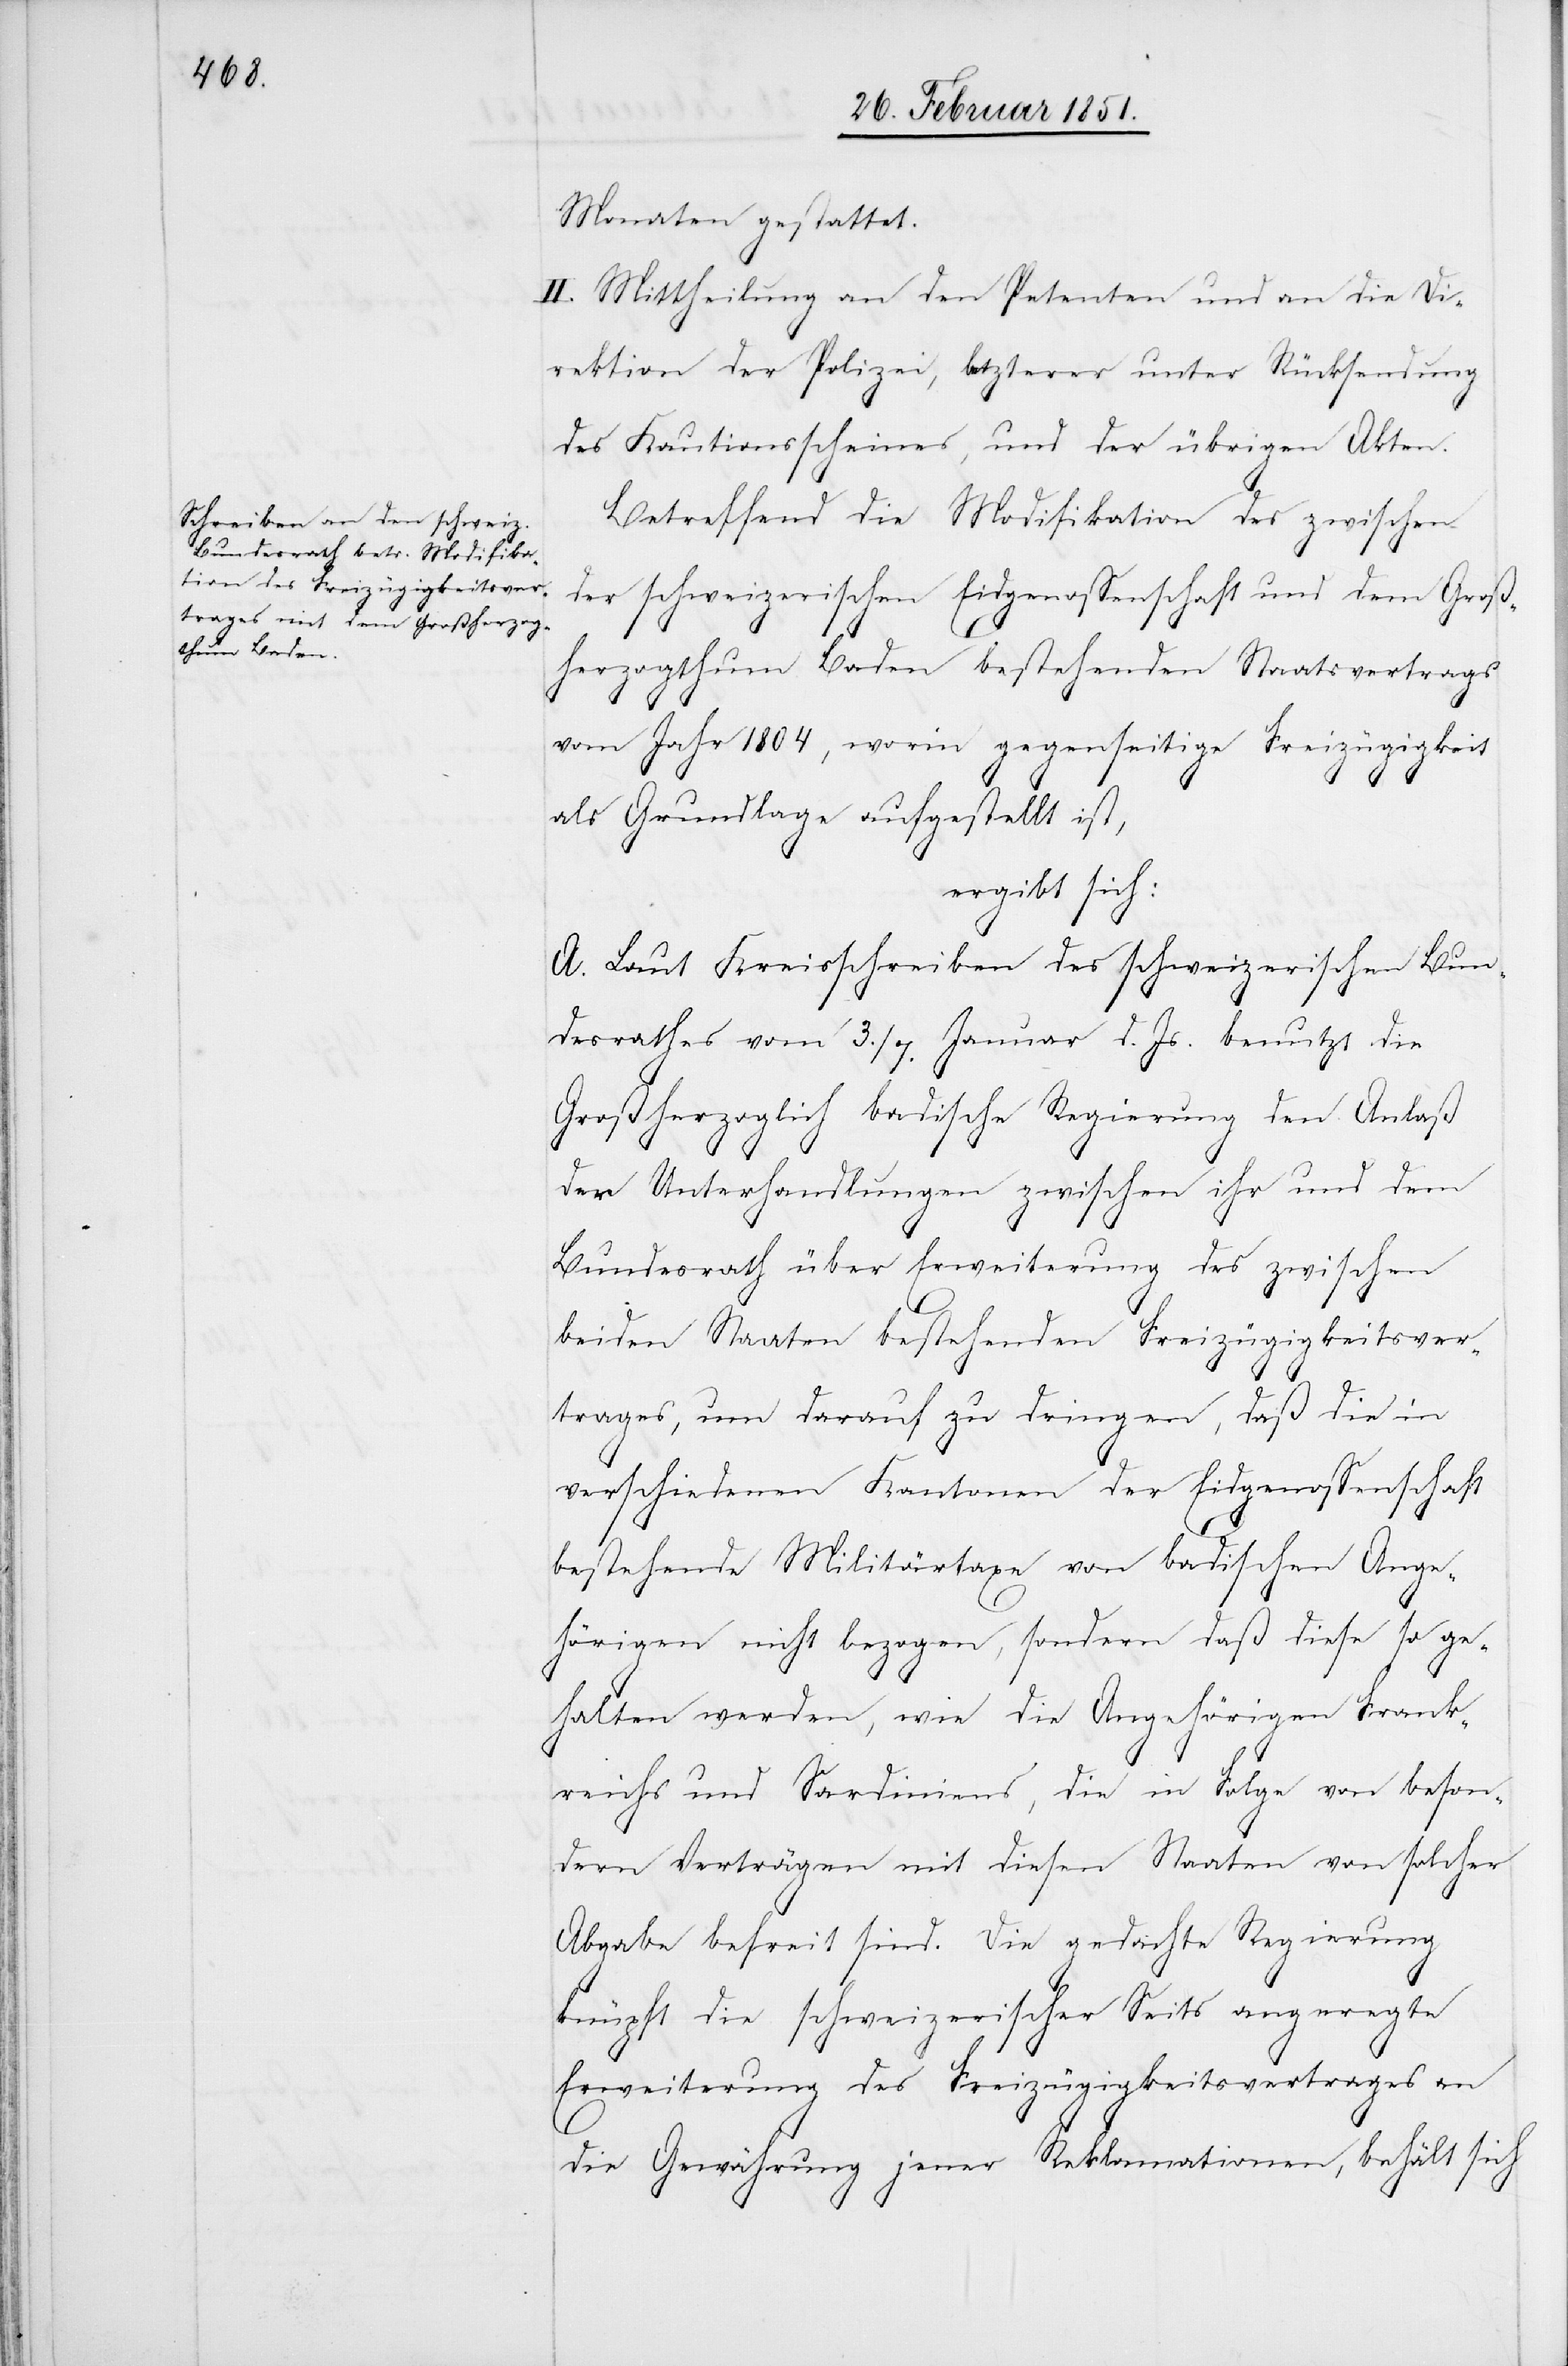
Monaten gestattet.
II. Mittheilung an den Petenten und an die Di¬
rektion der Polizei, letzterer unter Rücksendung
des Kautionsscheines, und der übrigen Akten.
Betreffend die Modifikation des zwischen
der schweizerischen Eidgenossenschaft und dem Groß¬
herzogthum Baden bestehenden Staatsvertrags
vom Jahr 1804, worin gegenseitige Freizügigkeit
als Grundlage aufgestellt ist,
ergibt sich:
A. Laut Kreisschreiben des schweizerischen Bun¬
desrathes vom 3./7. Januar d. Js. benutzt die
Großherzoglich badische Regierung den Anlaß
der Unterhandlungen zwischen ihr und dem
Bundesrath über Erweiterung des zwischen
beiden Staaten bestehenden Freizügigkeitsver¬
trages, um darauf zu dringen, daß die in
verschiedenen Kantonen der Eidgenossenschaft
bestehende Militärtaxe von badischen Ange¬
hörigen nicht bezogen, sondern daß diese so ge¬
halten werden, wie die Angehörigen Frank¬
reichs und Sardiniens, die in Folge von beson¬
dern Verträgen mit diesen Staaten von solcher
Abgabe befreit sind. Die gedachte Regierung
knüpft die schweizerischer Seits angeregte
Erweiterung des Freizügigkeitsvertrages an
die Gewährung jener Reklamationen, behält sich